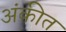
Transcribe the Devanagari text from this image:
अंकीत